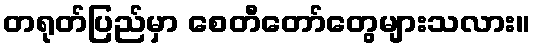
တရုတ်ပြည်မှာ စေတီတော်တွေများသလား။